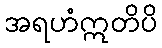
အရဟံဣတိပိ